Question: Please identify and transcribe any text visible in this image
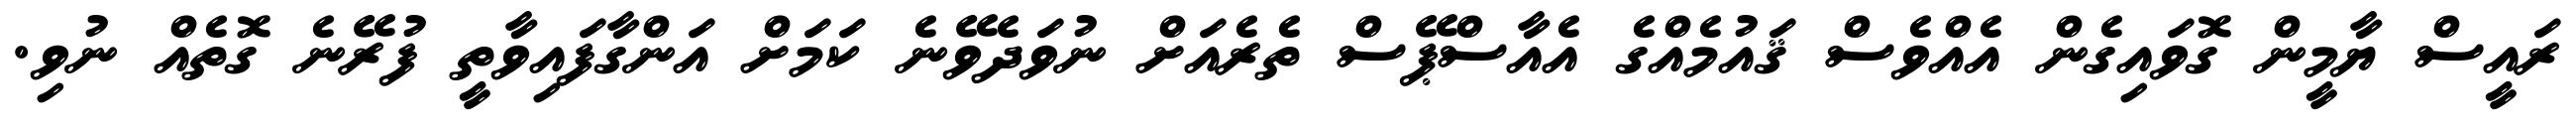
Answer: ރައީސް ޔާމީން ގޮވައިގެން އެއްވެސް ޤައުމެއްގެ އެއާސްޕޭސް ތެރެއަށް ނުވަދެވޭނެ ކަމަށް އަންގާފައިވާތީ ފުރޭނެ ގޮތެއް ނުވި.